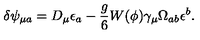
\delta \psi _ { \mu a } = D _ { \mu } \epsilon _ { a } - \frac { g } { 6 } W ( \phi ) \gamma _ { \mu } \Omega _ { a b } \epsilon ^ { b } .